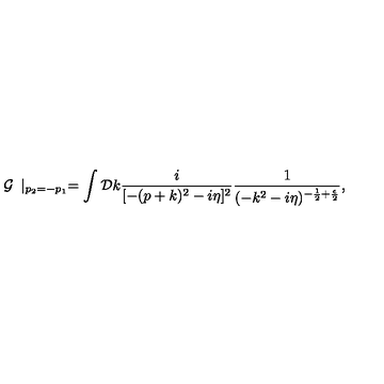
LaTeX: { \cal G } \frac { } { } \mid _ { p _ { 2 } = - p _ { 1 } } = \int { \cal D } k \frac { i } { [ - ( p + k ) ^ { 2 } - i \eta ] ^ { 2 } } \frac { 1 } { ( - k ^ { 2 } - i \eta ) ^ { - \frac { 1 } { 2 } + \frac { \epsilon } { 2 } } } ,